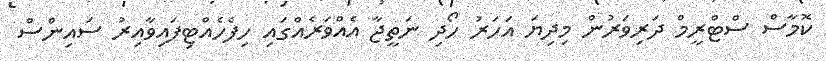
ކޮމާސް ސްޓްރީމް ދަރިވަރުން މިދިޔަ އަހަރު ހޯދި ނަތީޖާ އެއްވަރެއްގައި ހިފެހެއްޓިފައިވާއިރު ސައިންސް